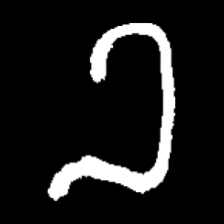
Pyu character \u2014 Myanmar letter: ခ (romanized: kha)